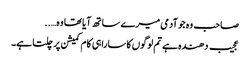
صاحب وہ جو آدمی میرے ساتھ آیا تھا وہ…..
عجیب دھندہ ہے تم لوگوں کا سارا ہی کام کمیشن پر چلتا ہے۔